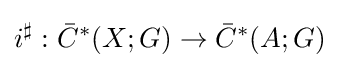
i^{\sharp }:{\bar {C}}^{*}(X;G)\to {\bar {C}}^{*}(A;G)